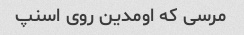
مرسی که اومدین روی اسنپ